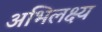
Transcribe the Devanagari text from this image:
अभिलक्ष्य